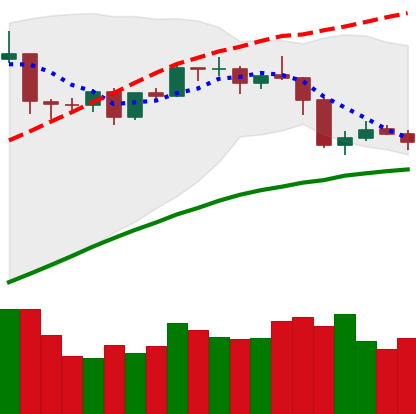
Ticker: ETH-USD
Chart end date: 2019-04-29
Forward return: 5.686%
Label: up_5_7